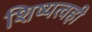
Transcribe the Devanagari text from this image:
शिष्यत्वही